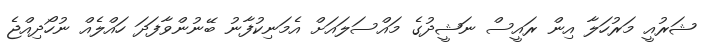
ޝަރުއީ މަރުހަލާ އިން ރައީސް ނަޝީދުގެ މައްސަލައަށް އެމަނިކުފާނު ބޭނުންވާފަދަ ހައްލެއް ނުހޯދިއްޖެ